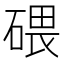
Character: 碨